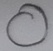
Text: O